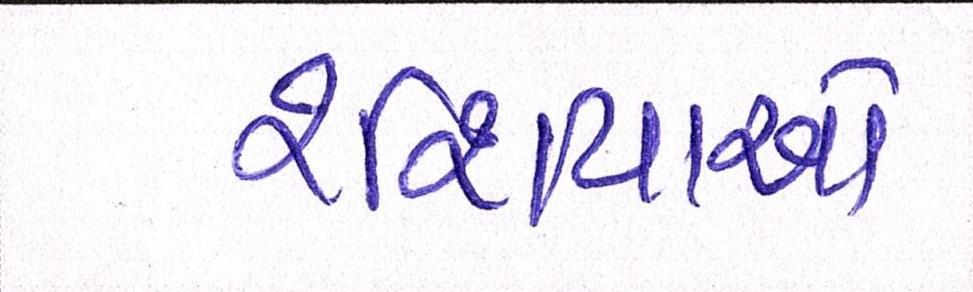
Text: રશિયાએ